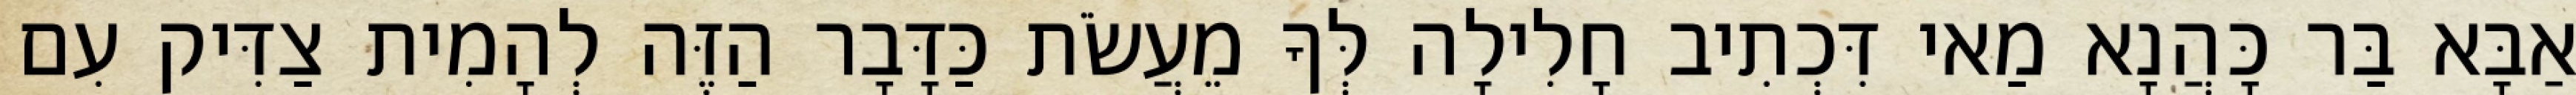
אַבָּא בַּר כָּהֲנָא מַאי דִּכְתִיב חָלִילָה לְּךָ מֵעֲשֹׂת כַּדָּבָר הַזֶּה לְהָמִית צַדִּיק עִם